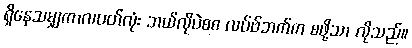
ရှိနေသမျှကာလပတ်လုံး ဘယ်လိုပဲစစ လပ်ဗ်ဘက်က စဖို့သာ လိုသည်။